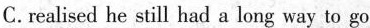
C. realised he still had a long way to go